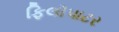
ફિલોપાટર